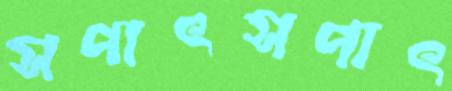
সপাৎসপাৎ